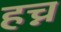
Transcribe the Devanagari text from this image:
हच्न